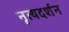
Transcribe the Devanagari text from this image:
नृत्यदर्शन